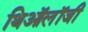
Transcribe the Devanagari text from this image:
थिऑलॉजी